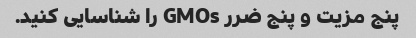
پنج مزیت و پنج ضرر GMOs را شناسایی کنید.